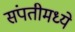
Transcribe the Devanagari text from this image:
संपतीमध्ये